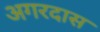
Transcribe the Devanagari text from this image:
अगरदास